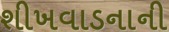
શીખવાડનાની